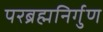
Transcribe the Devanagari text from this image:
परब्रह्मनिर्गुण